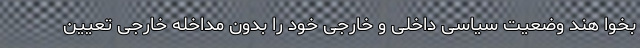
بخوا هند وضعیت سیاسی داخلی و خارجی خود را بدون مداخله خارجی تعیین